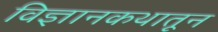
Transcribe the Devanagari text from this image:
विज्ञानकथातून